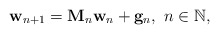
\begin{align*}\mathbf{w}_{n+1}=\mathbf{M}_n\mathbf{w}_n+\mathbf{g}_n,~n\in\mathbb{N},\end{align*}